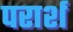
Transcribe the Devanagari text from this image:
परार्श